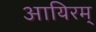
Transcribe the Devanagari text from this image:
आयिरम्